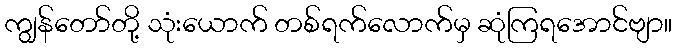
ကျွန်တော်တို့ သုံးယောက် တစ်ရက်လောက်မှ ဆုံကြရအောင်ဗျာ။